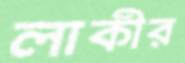
লাকীর